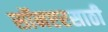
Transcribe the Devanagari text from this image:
सॉनएरसाठी